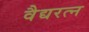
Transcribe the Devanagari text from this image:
वैद्यरत्न